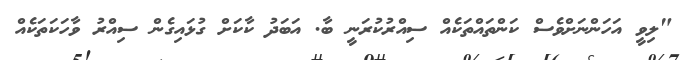
"ލިވީ އަހަންނަށްވެސް ކަންތައްތަކެއް ސިއްރުކުރަނީ ބާ. އަބަދު ކާކަށް ގުޅައިގެން ސިއްރު ވާހަކަތަކެއް